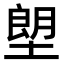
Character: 塱